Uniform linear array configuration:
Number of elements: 48
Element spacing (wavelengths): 0.75
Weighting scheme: kaiser
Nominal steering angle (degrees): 60
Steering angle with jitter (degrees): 59.643
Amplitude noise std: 0.05
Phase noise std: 0.05

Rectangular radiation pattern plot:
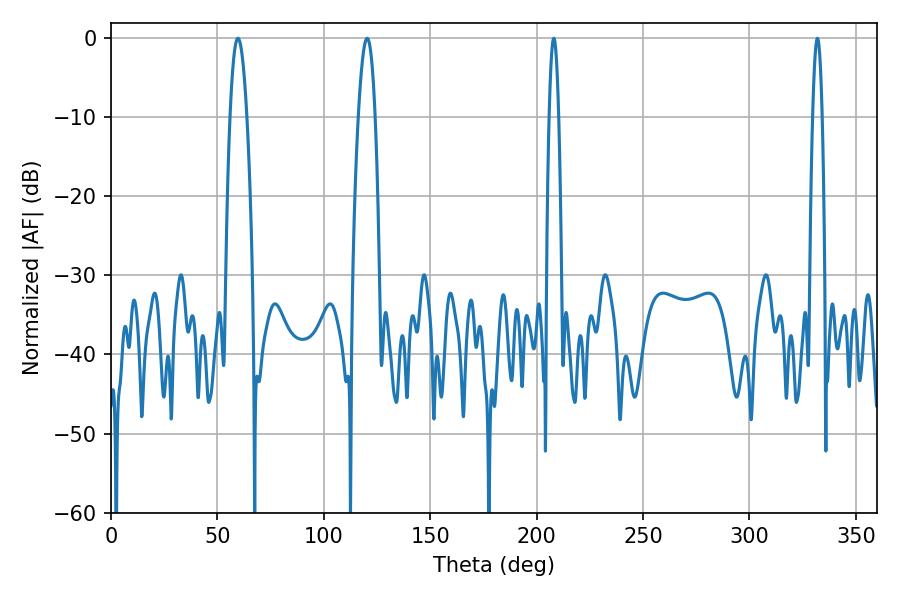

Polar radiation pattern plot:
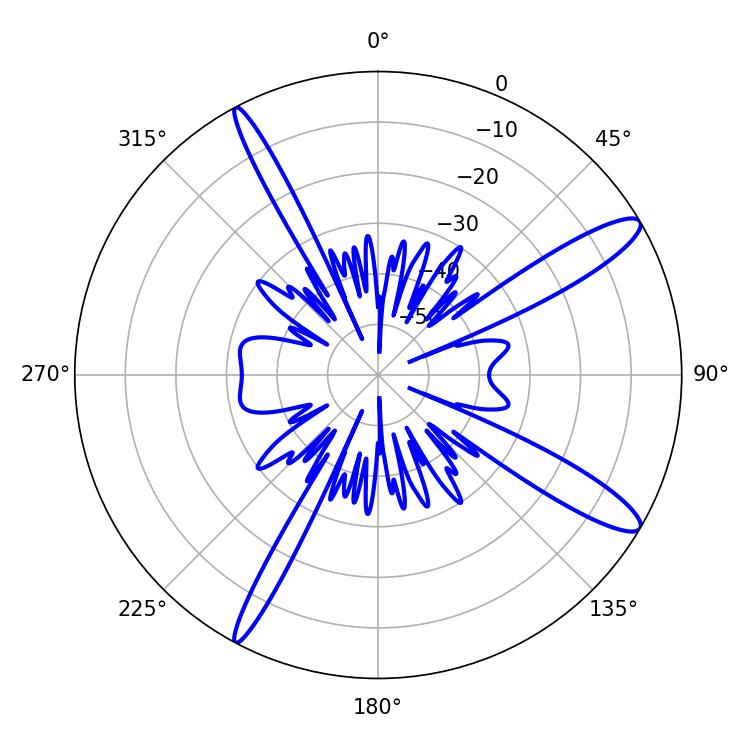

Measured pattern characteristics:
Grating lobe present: TRUE
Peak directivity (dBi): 13.108
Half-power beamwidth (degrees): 2.52
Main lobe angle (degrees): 208.08